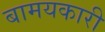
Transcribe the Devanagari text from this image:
बामयकारी